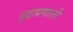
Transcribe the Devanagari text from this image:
मुद्राप्रणाली